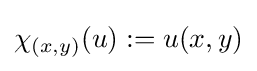
\chi _{(x,y)}(u):=u(x,y)